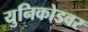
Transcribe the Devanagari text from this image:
युनिकोडवर